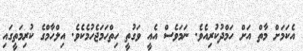
އެކަމަށް މާތް އަށް ހަމްދުކުރިއެވެ. ނަމަވެސް އެއީ ވަގުތީ ހިތްހަމަޖެހުމެކެވެ. އިލްހާމްގެ ކުރިމަތީގައި